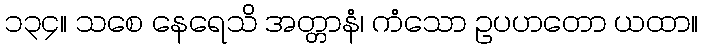
၁၃၄။ သစေ နေရေသိ အတ္တာနံ၊ ကံသော ဥပဟတော ယထာ။